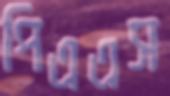
পিএএস